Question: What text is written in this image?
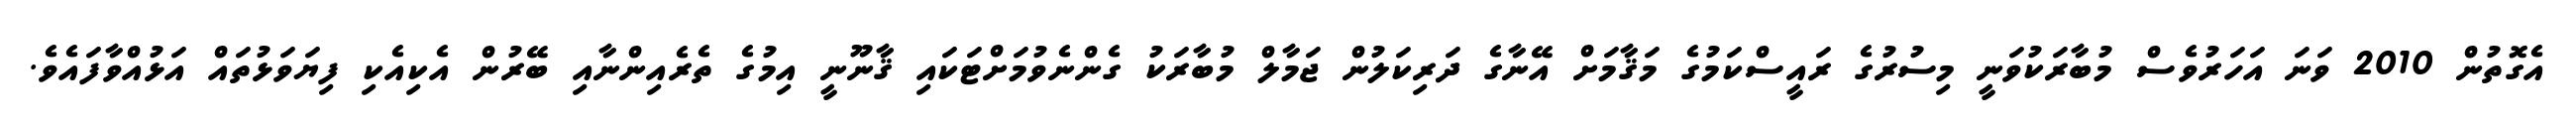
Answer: އެގޮތުން 2010 ވަނަ އަހަރުވެސް މުބާރަކުވަނީ މިސުރުގެ ރައީސްކަމުގެ މަޤާމަށް އޭނާގެ ދަރިކަލުން ޖަމާލް މުބާރަކު ގެންނެވުމަށްޓަކައި ޤާނޫނީ އިމުގެ ތެރެއިންނާއި ބޭރުން އެކިއެކި ފިޔަވަޅުތައް އަޅުއްވާފައެވެ.